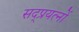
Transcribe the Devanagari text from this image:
सद्प्रयत्नों